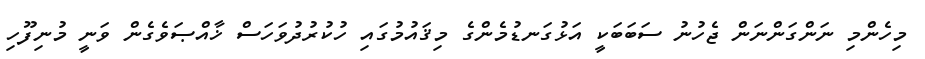
މިހެންމި ނަންގަންނަން ޖެހުނު ސަބަބަކީ އަޅުގަނޑުމެންގެ މިޤައުމުގައި ހުކުރުދުވަހަސް ޚާއްޞަވެގެން ވަނީ މުނިފޫހި